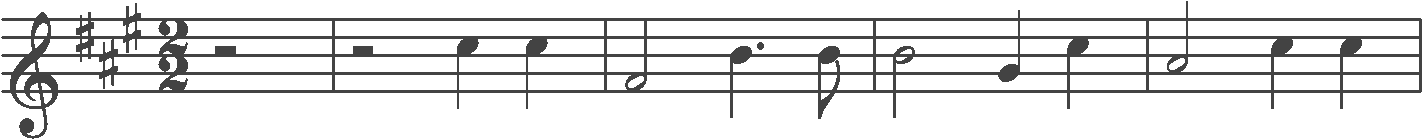
Transcription: clef-G1 keySignature-AM timeSignature-2/2 rest-half barline rest-half note-E5_quarter note-E5_quarter barline note-A4_half note-D5_quarter. note-D5_eighth barline note-D5_half note-B4_quarter note-E5_quarter barline note-C#5_half note-E5_quarter note-E5_quarter barline